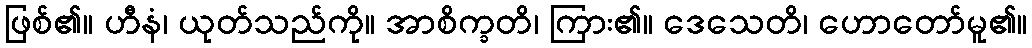
ဖြစ်၏။ ဟီနံ၊ ယုတ်သည်ကို။ အာစိက္ခတိ၊ ကြား၏။ ဒေသေတိ၊ ဟောတော်မူ၏။